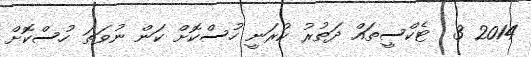
2014 3  ޓެކްސީތައް ދަތުރު ކުރަނީ ހުސްކޮށް ކަން ނުވަތަ ހުސްކޮށް